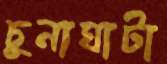
চুনাঘাটা